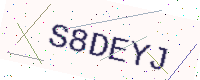
Text: S8DEYJ